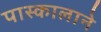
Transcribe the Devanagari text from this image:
पास्कालाने